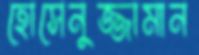
হোসেনুজ্জামান